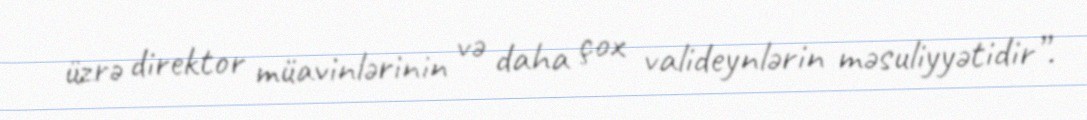
üzrə direktor müavinlərinin və daha çox valideynlərin məsuliyyətidir”.